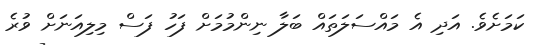
ކަމަށެވެ. އަދި އެ މައްސަލަތައް ބަލާ ނިންމުމަށް ފަހު ފަސް މިލިއަނަށް ވުރެ